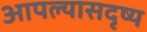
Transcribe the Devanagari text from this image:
आपल्यासदृष्य